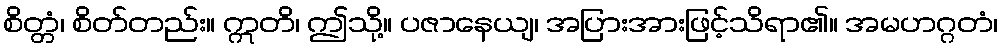
စိတ္တံ၊ စိတ်တည်း။ ဣတိ၊ ဤသို့။ ပဇာနေယျ၊ အပြားအားဖြင့်သိရာ၏။ အမဟဂ္ဂတံ၊